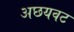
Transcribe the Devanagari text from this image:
अछयवट